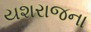
યશરાજના